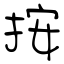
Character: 按